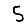
Digit: 5